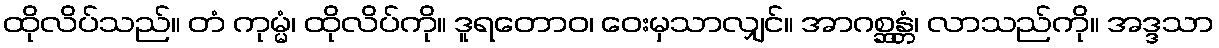
ထိုလိပ်သည်။ တံ ကုမ္မံ၊ ထိုလိပ်ကို။ ဒူရတောဝ၊ ဝေးမှသာလျှင်။ အာဂစ္ဆန္တံ၊ လာသည်ကို။ အဒ္ဒသာ